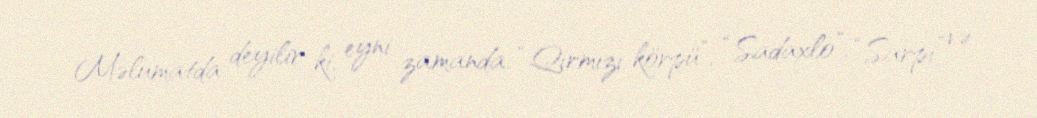
Məlumatda deyilir ki, eyni zamanda, “Qırmızı körpü”, “Sadaxlo”, “Sarpi” və